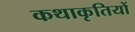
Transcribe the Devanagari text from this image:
कथाकृतियों